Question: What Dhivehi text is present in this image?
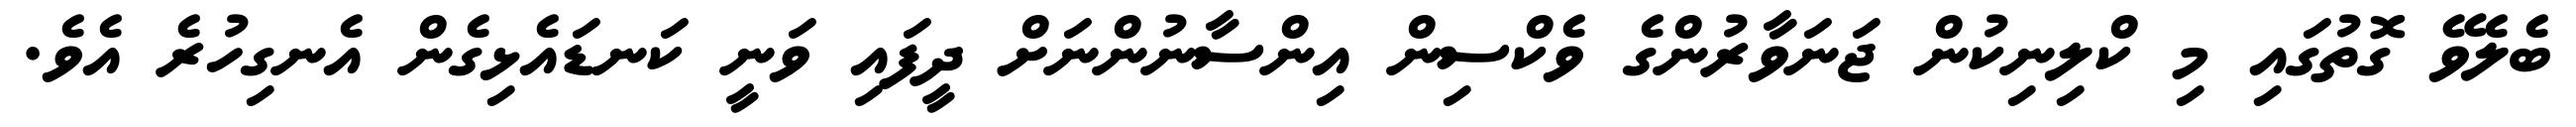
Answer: ބެލެވޭ ގޮތުގައި މި ކްލިނިކުން ޖަނަވާރުންގެ ވެކްސިން އިންސާނުންނަށް ދީފައި ވަނީ ކަނޑައެޅިގެން އެނގިހުރެ އެވެ.